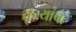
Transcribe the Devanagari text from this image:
कृत्यांचा